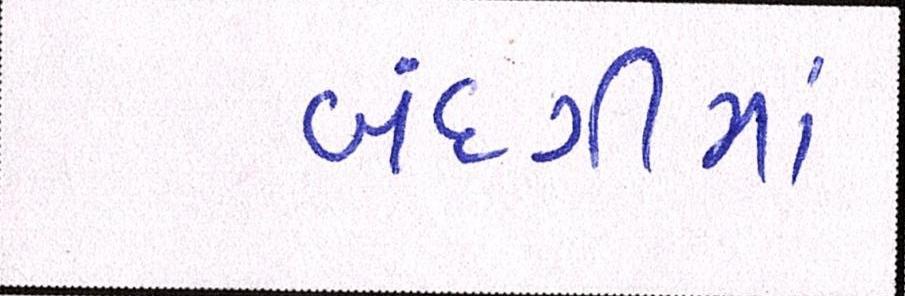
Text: બંદગીમાં